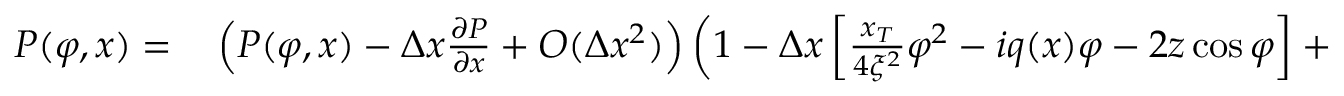
\begin{array} { r l } { P ( \varphi , x ) = } & { { } \left( P ( \varphi , x ) - \Delta x \frac { \partial P } { \partial x } + O ( \Delta x ^ { 2 } ) \right) \left( 1 - \Delta x \left[ \frac { x _ { T } } { 4 \xi ^ { 2 } } \varphi ^ { 2 } - i q ( x ) \varphi - 2 z \cos \varphi \right] + O ( \Delta x ^ { 2 } ) \right) } \end{array}